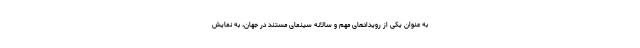
به عنوان یکی از رویدادهای مهم و سالانه سینمای مستند در جهان، به نمایش